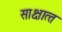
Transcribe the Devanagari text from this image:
साक्षात्‍त